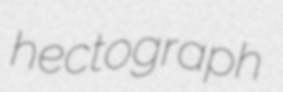
hectograph